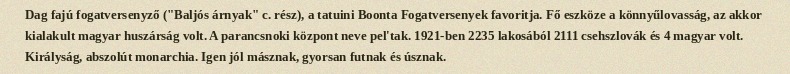
Dag fajú fogatversenyző ("Baljós árnyak" c. rész), a tatuini Boonta Fogatversenyek favoritja. Fő eszköze a könnyűlovasság, az akkor kialakult magyar huszárság volt. A parancsnoki központ neve pel'tak. 1921-ben 2235 lakosából 2111 csehszlovák és 4 magyar volt. Királyság, abszolút monarchia. Igen jól másznak, gyorsan futnak és úsznak.